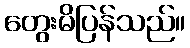
တွေးမိပြန်သည်။